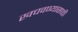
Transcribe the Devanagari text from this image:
खचवण्यासाठी